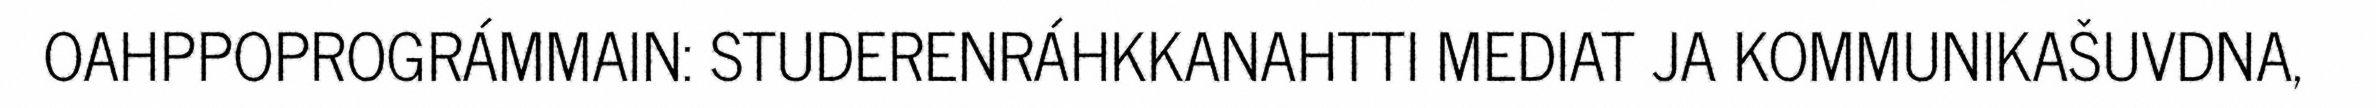
OAHPPOPROGRÁMMAIN: STUDERENRÁHKKANAHTTI MEDIAT JA KOMMUNIKAŠUVDNA,